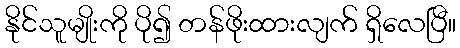
နိုင်သူမျိုးကို ပို၍ တန်ဖိုးထားလျက် ရှိလေပြီ။